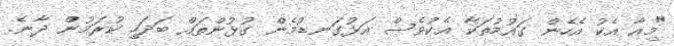
"މިއާ އެކު އެހެން ގައުމުތަކާ އެކުވެސް އަޅުގަނޑުމެން ގުޅުންތައް ބަދަހި ކުރަމުން ދާނެ.